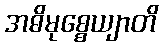
အဓိမုစ္စေယျာတိ